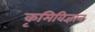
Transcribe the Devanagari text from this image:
कृमिविज्ञान